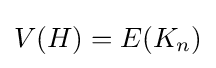
V(H)=E(K_{n})